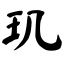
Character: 玑